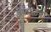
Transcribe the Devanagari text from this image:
इंफाळचा